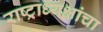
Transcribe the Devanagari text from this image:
राष्ट्राध्यक्षांचा